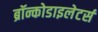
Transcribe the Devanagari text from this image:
ब्रॉन्कोडाइलेटर्स